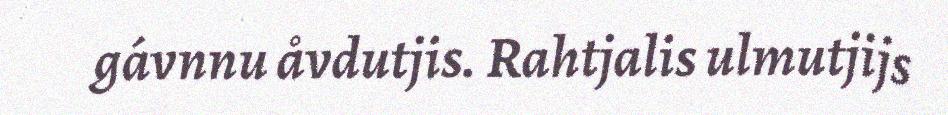
gávnnu åvdutjis. Rahtjalis ulmutjijs